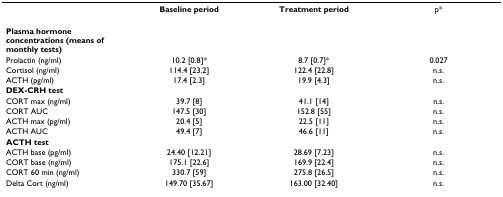
|  | Baseline period | Treatment period | p* |
 | --- | --- | --- | --- |
 | Plasma hormone concentrations (means of monthly tests) |  |  |  |
 | Prolactin (ng/ml) | 10.2 [0.8]* | 8.7 [0.7]* | 0.027 |
 | Cortisol (ng/ml) | 114.4 [23.2] | 122.4 [22.8] | n.s. |
 | ACTH (pg/ml) | 17.4 [2.3] | 19.9 [4.3] | n.s. |
 | DEX-CRH test |  |  |  |
 | CORT max (ng/ml) | 39.7 [8] | 41.1 [14] | n.s. |
 | CORT AUC | 147.5 [30] | 152.8 [55] | n.s. |
 | ACTH max (pg/ml) | 20.4 [5] | 22.5 [11] | n.s. |
 | ACTH AUC | 49.4 [7] | 46.6 [11] | n.s. |
 | ACTH test |  |  |  |
 | ACTH base (pg/ml) | 24.40 [12.21] | 28.69 [7.23] | n.s. |
 | CORT base (ng/ml) | 175.1 [22.6] | 169.9 [22.4] | n.s. |
 | CORT 60 min (ng/ml) | 330.7 [59] | 275.8 [26.5] | n.s. |
 | Delta Cort (ng/ml) | 149.70 [35.67] | 163.00 [32.40] | n.s. |